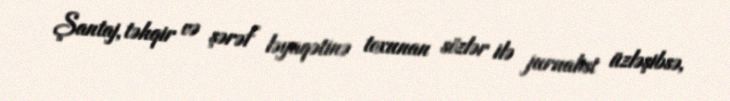
Şantaj, təhqir və şərəf ləyaqətinə toxunan sözlər ilə jurnalist üzləşibsə,